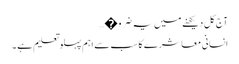
آج کل دیکھنے میں یہ ضرو�…
انسانی معاشرے کا سب سے اہم پہلو تعلیم ہے ۔